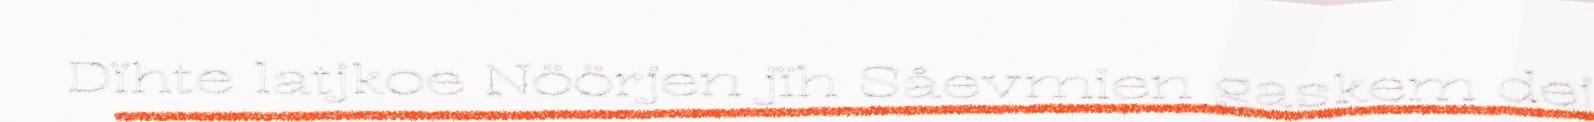
Dïhte latjkoe Nöörjen jïh Såevmien gaskem dej